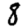
Digit: 8